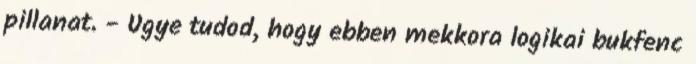
pillanat. - Ugye tudod, hogy ebben mekkora logikai bukfenc